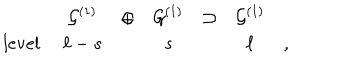
\begin{array} { r c c c c c c } { { } } & { { { \cal G } ^ { ( 1 ) } } } & { { \oplus } } & { { { \cal G } ^ { ( 1 ) } } } & { { \supset } } & { { { \cal G } ^ { ( 1 ) } } } & { { } } \\ { { \mathrm { l e v e l ~ } } } & { { \ell - s } } & { { } } & { { s } } & { { } } & { { \ell } } & { { , } } \\ \end{array}